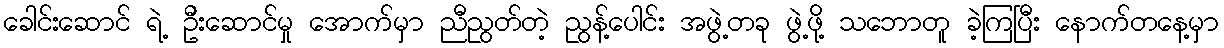
ခေါင်းဆောင် ရဲ့ ဦးဆောင်မှု အောက်မှာ ညီညွတ်တဲ့ ညွန့်ပေါင်း အဖွဲ့တခု ဖွဲ့ဖို့ သဘောတူ ခဲ့ကြပြီး နောက်တနေ့မှာ